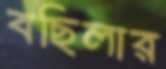
বছিলার